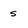
Character: s